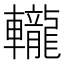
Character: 𨏠